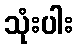
သုံးပါး